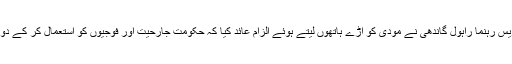
پاک بھارت کشیدگی کے حوالے سے کانگریس رہنما راہول گاندھی نے مودی کو آڑے ہاتھوں لیتے ہوئے الزام عائد کیا کہ حکومت جارحیت اور فوجیوں کو استعمال کر کے دوبارہ اقتدار حاصل کرنے کی خواہش مند ہیں۔